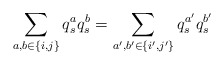
\begin{align*}\sum_{a,b\in \{i,j\}}q_s^aq_s^b=\sum_{a',b'\in \{i',j'\}}q^{a'}_sq^{b'}_s\end{align*}